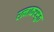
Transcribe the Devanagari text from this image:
रत्नाकरसुत